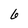
Character: 6